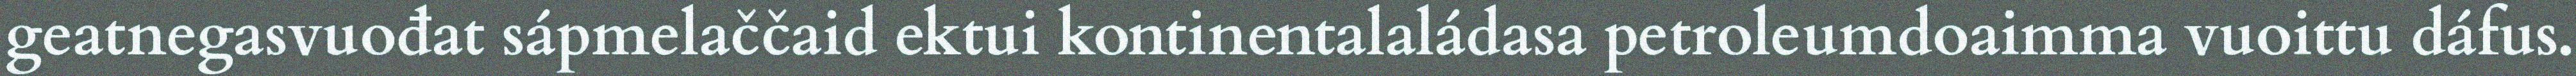
geatnegasvuođat sápmelaččaid ektui kontinentalaládasa petroleumdoaimma vuoittu dáfus.